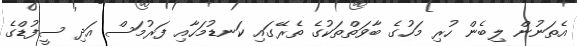
އެތަނުން ލިބެން ހުރި މަހުގެ ބާވަތްތަކުގެ ތެރޭގައި ކަނޑުމަހާއި ފަރުމަސް އަދި ސީފުޑްގެ